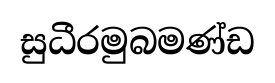
සුධීරමුබමණ්ඩ